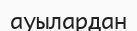
ауылардан